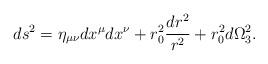
LaTeX: \begin{align*}ds^2=\eta_{\mu\nu}dx^\mu dx^\nu+r_0^2\frac{dr^2}{r^2}+r_0^2d\Omega_3^2.\end{align*}